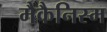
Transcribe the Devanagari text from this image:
मैकैनिस्म